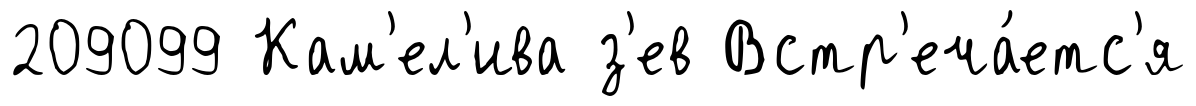
209099 Кам'ел'ива з'ев Встр'еча́етс'я